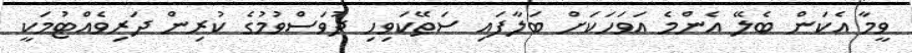
ވީމާ އެކަން ބެލޭ އެންމެ އަވަހަކަށް ބަލާފައި ސަތޭކަވިހި ދުވަސްވުމުގެ ކުރިން ދަރިވެއްޓުމަކީ